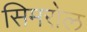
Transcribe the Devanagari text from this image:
सिमरोल